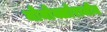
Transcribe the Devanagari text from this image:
मोनोक्लोरामीन